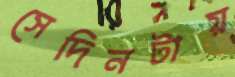
সেদিনটায়